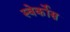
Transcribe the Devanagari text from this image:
स्वेर्कोस